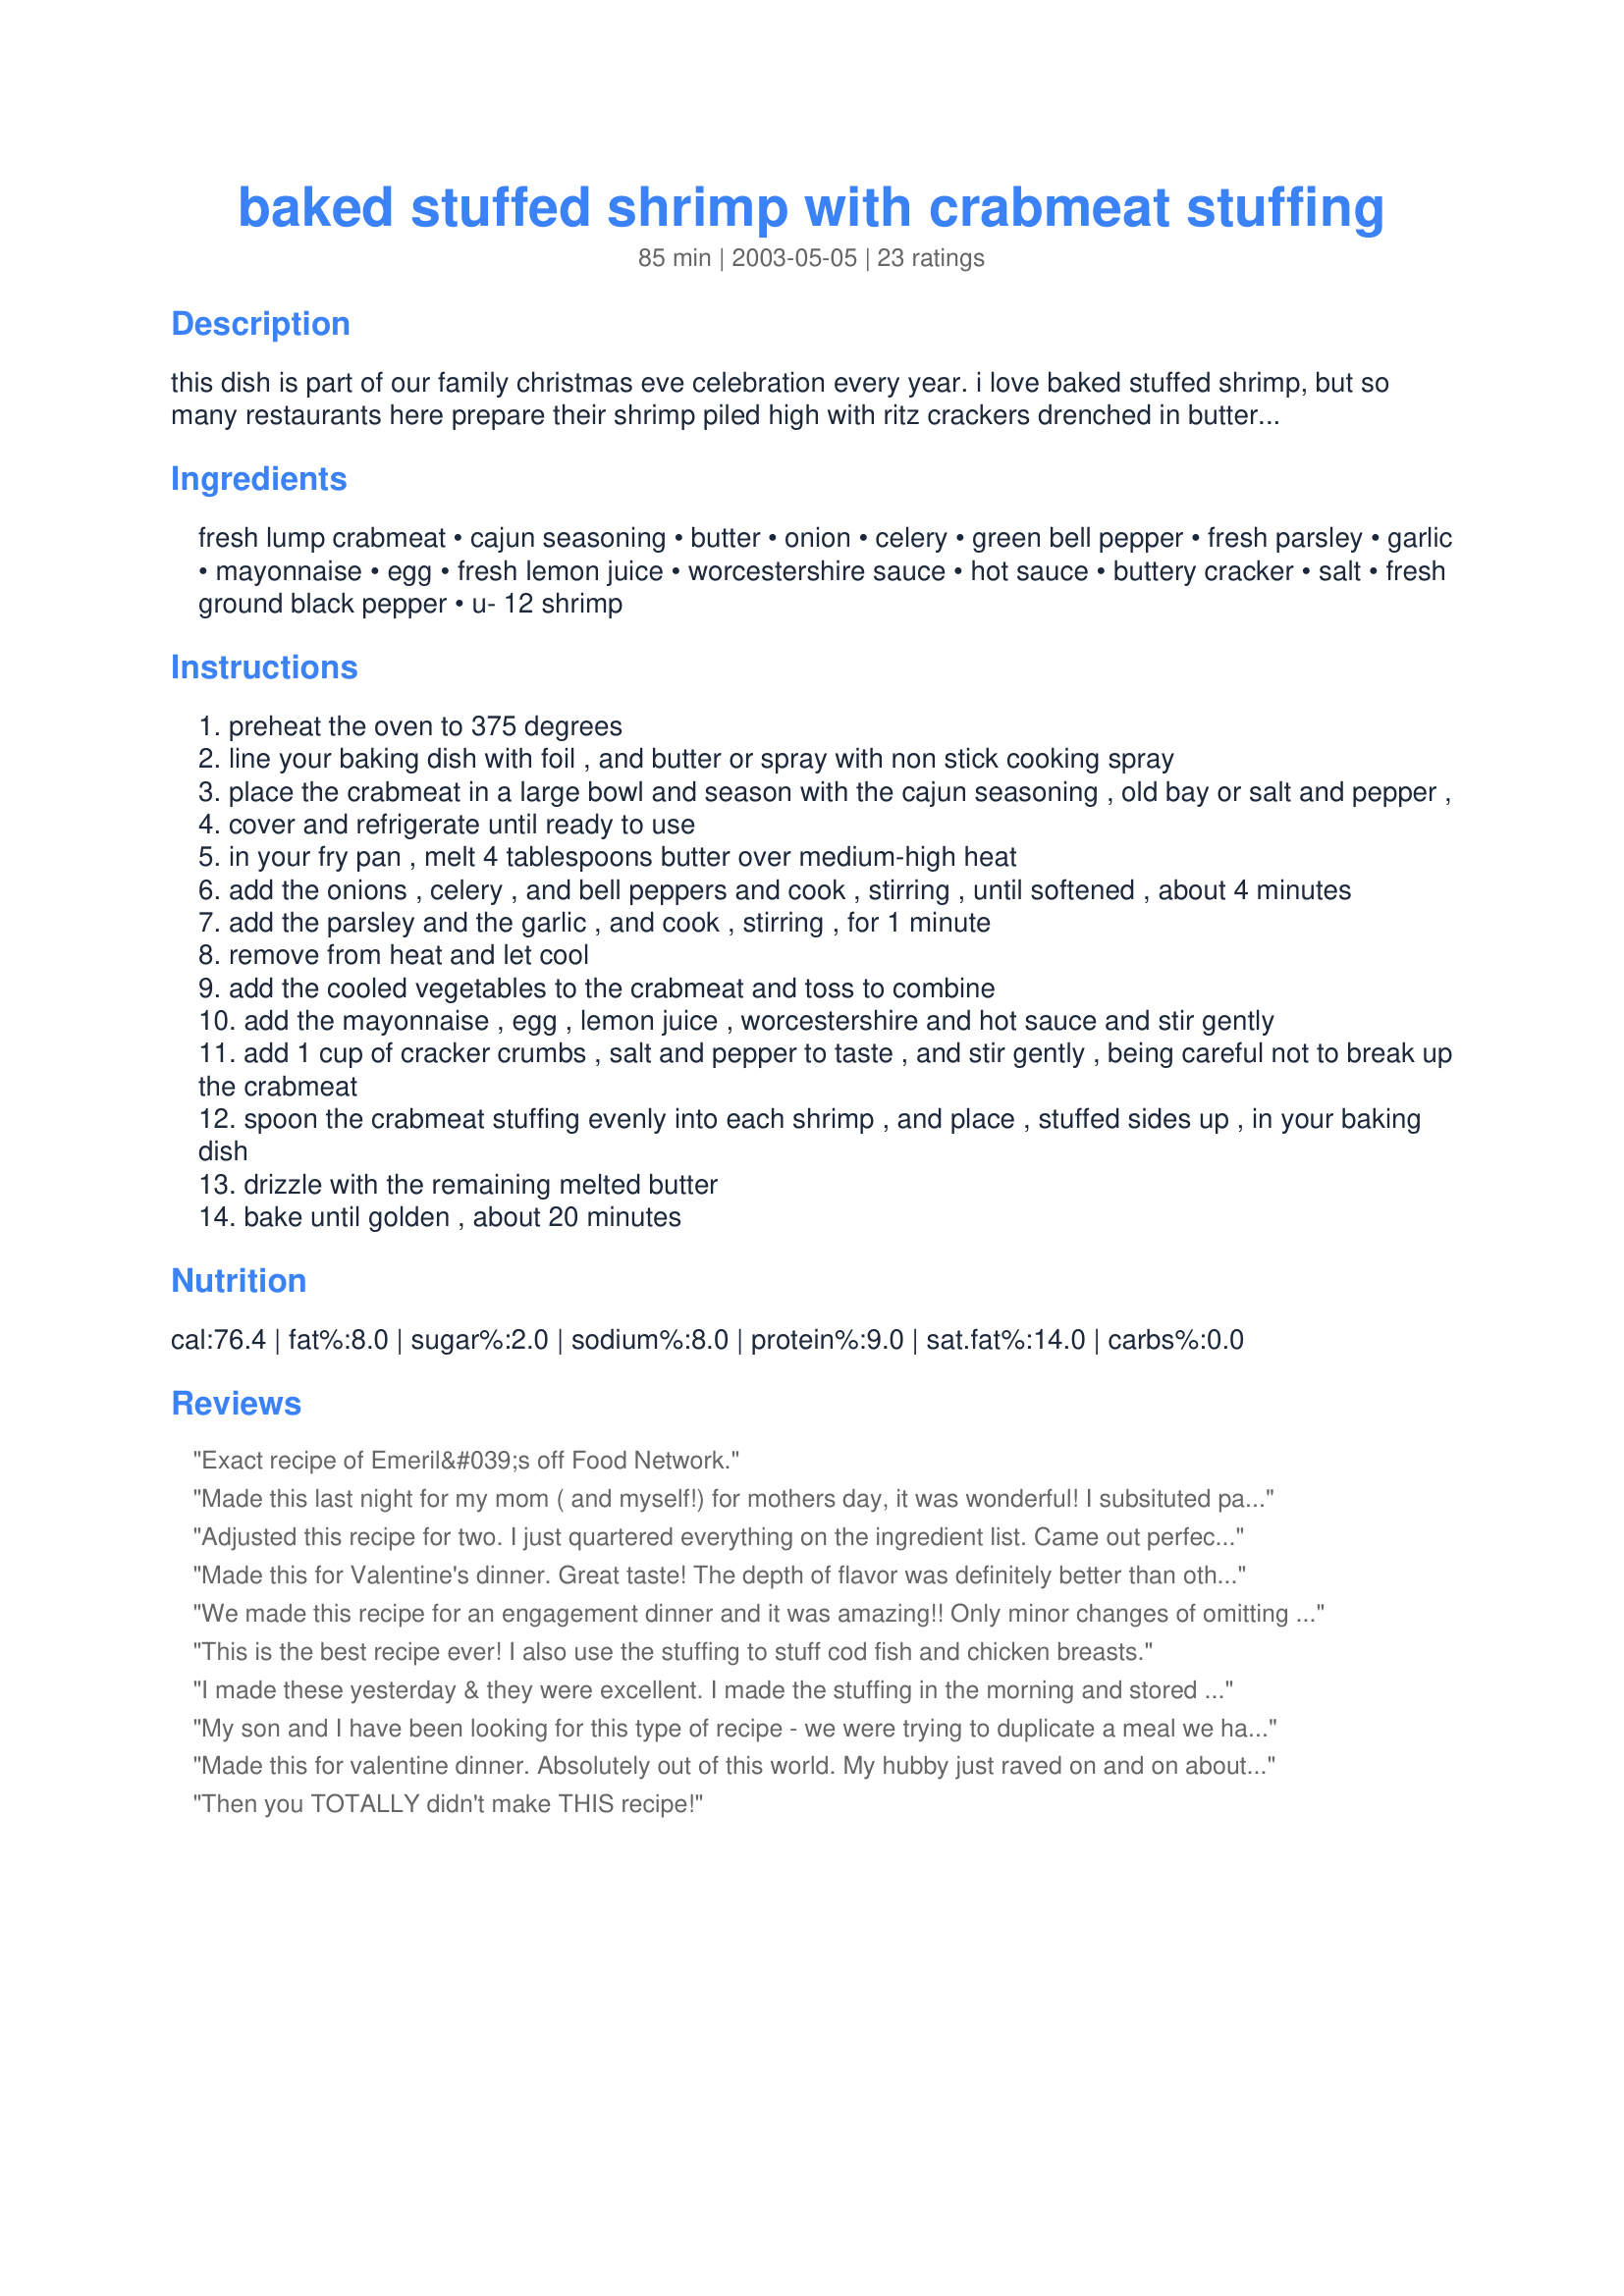
baked stuffed shrimp with crabmeat stuffing
Preparation time: 85 minutes

this dish is part of our family christmas eve celebration every year. i love baked stuffed shrimp, but so many restaurants here prepare their shrimp piled high with ritz crackers drenched in butter. i think the crabmeat stuffing adds somethng a bit more special. prep time includes the stuffing's cooling time.

Ingredients:
fresh lump crabmeat, cajun seasoning, butter, onion, celery, green bell pepper, fresh parsley, garlic, mayonnaise, egg, fresh lemon juice, worcestershire sauce, hot sauce, buttery cracker, salt, fresh ground black pepper, u- 12 shrimp

Steps:
preheat the oven to 375 degrees
line your baking dish with foil , and butter or spray with non stick cooking spray
place the crabmeat in a large bowl and season with the cajun seasoning , old bay or salt and pepper ,
cover and refrigerate until ready to use
in your fry pan , melt 4 tablespoons butter over medium-high heat
add the onions , celery , and bell peppers and cook , stirring , until softened , about 4 minutes
add the parsley and the garlic , and cook , stirring , for 1 minute
remove from heat and let cool
add the cooled vegetables to the crabmeat and toss to combine
add the mayonnaise , egg , lemon juice , worcestershire and hot sauce and stir gently
add 1 cup of cracker crumbs , salt and pepper to taste , and stir gently , being careful not to break up the crabmeat
spoon the crabmeat stuffing evenly into each shrimp , and place , stuffed sides up , in your baking dish
drizzle with the remaining melted butter
bake until golden , about 20 minutes

Reviews:
Exact recipe of Emeril&#039;s off Food Network.
Made this last night for my mom ( and myself!) for mothers day, it was wonderful! I subsituted panko for cracker crumbs and added tarragon. They were incredible!
Adjusted this recipe for two. I just quartered everything on the ingredient list. Came out perfect! We loved it. After baking for 20, I turned the broiler on for a minute or two. I like things well done. Lump crab is expensive, so by quartering, I can freeze some of it and use it on another meal or two.
Made this for Valentine's dinner. Great taste! The depth of flavor was definitely better than other bland recipes I've tried in the past. I served them with rice pilaf, steamed broccoli and a small bowl of butter to dip (a must!), YUM! I will definitely make this again, maybe adding a little more garlic. Restaurant quality!
We made this recipe for an engagement dinner and it was amazing!! Only minor changes of omitting pepper and 1/2 the old bay. yumm yumm. thank you for a wonderul recipe
This is the best recipe ever! I also use the stuffing to stuff cod fish and chicken breasts.
I made these yesterday & they were excellent. I made the stuffing in the morning and stored in frig until ready to cook. I cooked on grill - indirect heat - in one of those throw a-way alum. pans. Wonderful recipe! Thanks~~~
My son and I have been looking for this type of recipe - we were trying to duplicate a meal we have at one of our favorite restaurants. It exceeded our expectations! Very easy to prepare. Thanks so much!!!
Made this for valentine dinner. Absolutely out of this world. My hubby just raved on and on about it. He said it was outstanding ~~ I think I have found a new favorite seafodd dish. Perfect for impressing guests. Will be making again and again!!
Then you TOTALLY didn't make THIS recipe!
I tried this recipe last year for Christmas Eve dinner and it was a huge hit. Wonderful recipe. Thank you.
Used the stuffing recipe for stuffed mushrooms they were excellent. I put the stuffing I had left in a small casserole dish and topped it with buttered crushed Ritz crackers,that was excellent also, eaten as a crabmeat casserole. Served them to my family and friends and they loved both.
Delicious! I'm allergic to eggs so I made the stuffing without it and it still got rave reviews.
This is the EXACT same recipe I just read over on the Food Network site, Emerils Favorite Childhood recipe for baked stuffed shrimp. Word for word.
This recipe has been sitting in my cookbook forever, waiting for just the right occasion. I served it at a small birthday dinner last week, and it drew raves! Because the price of fresh lump crabmeat is astronomical here, it's a luxury reserved for Christmas. Despite the fact that I used a lesser grade, this dish deserved 4+ stars. There's no doubt in my mind that using the premium-quality crabmeat called for would elevate it to the 5* level. And that's a theory I definitely plan to test when the holidays roll around! Thanks for sharing one of your family's favorites, KB. We loved it!!
I made this recipe for a Valentine dinner.....they were great! My husband could not stop raving about them. They came out better than some of the restaurants that I have visited. Great recipe!
Yummy
Great recipe..made this for Valentine's Day. My husband was in heaven. I only stuffed eight shrimp. I used the remainder of the stuffing for baked stuffed haddock the following evening.
Very good! A little spiciness, but not too much.
I love this recipe and so did my guests. I will definitely keep this one in my arsenal.
This was excellent! Loved the stuffing. Will make for family. Thanks for posting.
I tried this dish for the first time last November and my family loved it so much that I decided I was going to make it for Christmas. I only made a small pan of the stuffing (2lbs of crab) and it was gone within minutes. This year I am going to make about 4 to 5 lbs and we aren't even having the traditional stuffing. This is an excellent recipe and don't even mind that it takes a while to prep!!
I made these for New Year’s Eve and they were amazing!!!! Made the stuffing head of time for a quick dinner! My husband and I both LOVED them!
